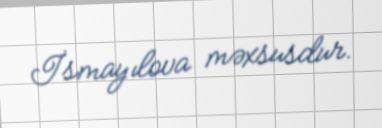
İsmayılova məxsusdur.